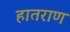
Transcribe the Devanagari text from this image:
हातराण